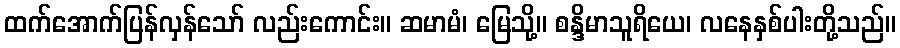
ထက်အောက်ပြန်လှန်သော် လည်းကောင်း။ ဆမာမံ၊ မြေသို့။ စန္ဒိမာသူရိယေ၊ လနေနှစ်ပါးတို့သည်။